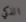
الذكي